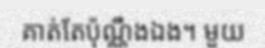
គាត់តែប៉ុណ្ណឹងឯង។ មួយ